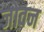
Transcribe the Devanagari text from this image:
जोवन